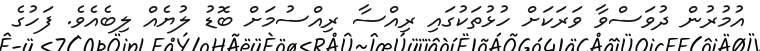
އުމުރުން ދުވަސްވާ ވަރަކަށް ހުޅުތަކުގައި ރިއްސާ ރިއްސުމަށް ބޮޑު ލުޔެއް ލިބެއެވެ. ފަހުގެ